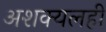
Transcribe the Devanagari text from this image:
अशक्यलही